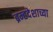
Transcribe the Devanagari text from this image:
ब्रम्हदेशाच्या